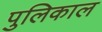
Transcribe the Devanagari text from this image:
पुलिकाल